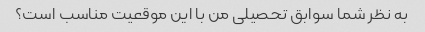
به نظر شما سوابق تحصیلی من با این موقعیت مناسب است؟